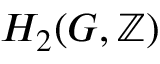
H _ { 2 } ( G , \mathbb { Z } )